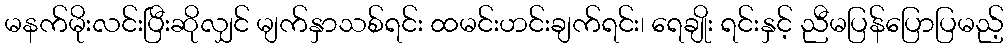
မနက်မိုးလင်းပြီးဆိုလျှင် မျက်နှာသစ်ရင်း ထမင်းဟင်းချက်ရင်း၊ ရေချိုး ရင်းနှင့် ညီမပြန်ပြောပြမည့်